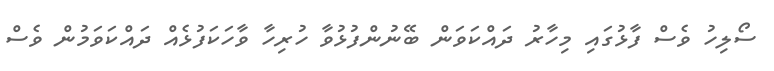
ސޯލިހު ވެސް ފާޅުގައި މިހާރު ދައްކަވަން ބޭނުންފުޅުވާ ހުރިހާ ވާހަކަފުޅެއް ދައްކަވަމުން ވެސް